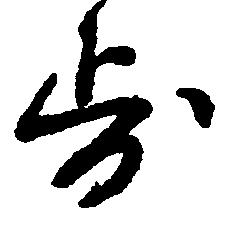
歩